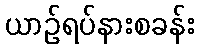
ယာဉ်ရပ်နားစခန်း